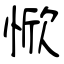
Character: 惞